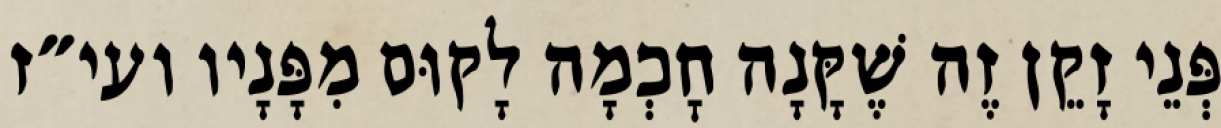
פְּנֵי זָקֵן זֶה שֶׁקָּנָה חׇכְמָה לָקוּם מִפָּנָיו ועי״ז